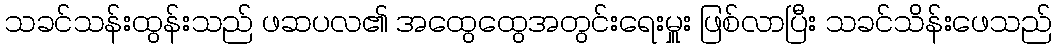
သခင်သန်းထွန်းသည် ဖဆပလ၏ အထွေထွေအတွင်းရေးမှူး ဖြစ်လာပြီး သခင်သိန်းဖေသည်